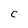
Character: C